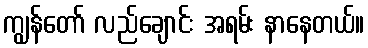
ကျွန်တော် လည်ချောင်း အရမ်း နာနေတယ်။